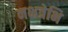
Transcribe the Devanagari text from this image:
नक्षत्रेभि